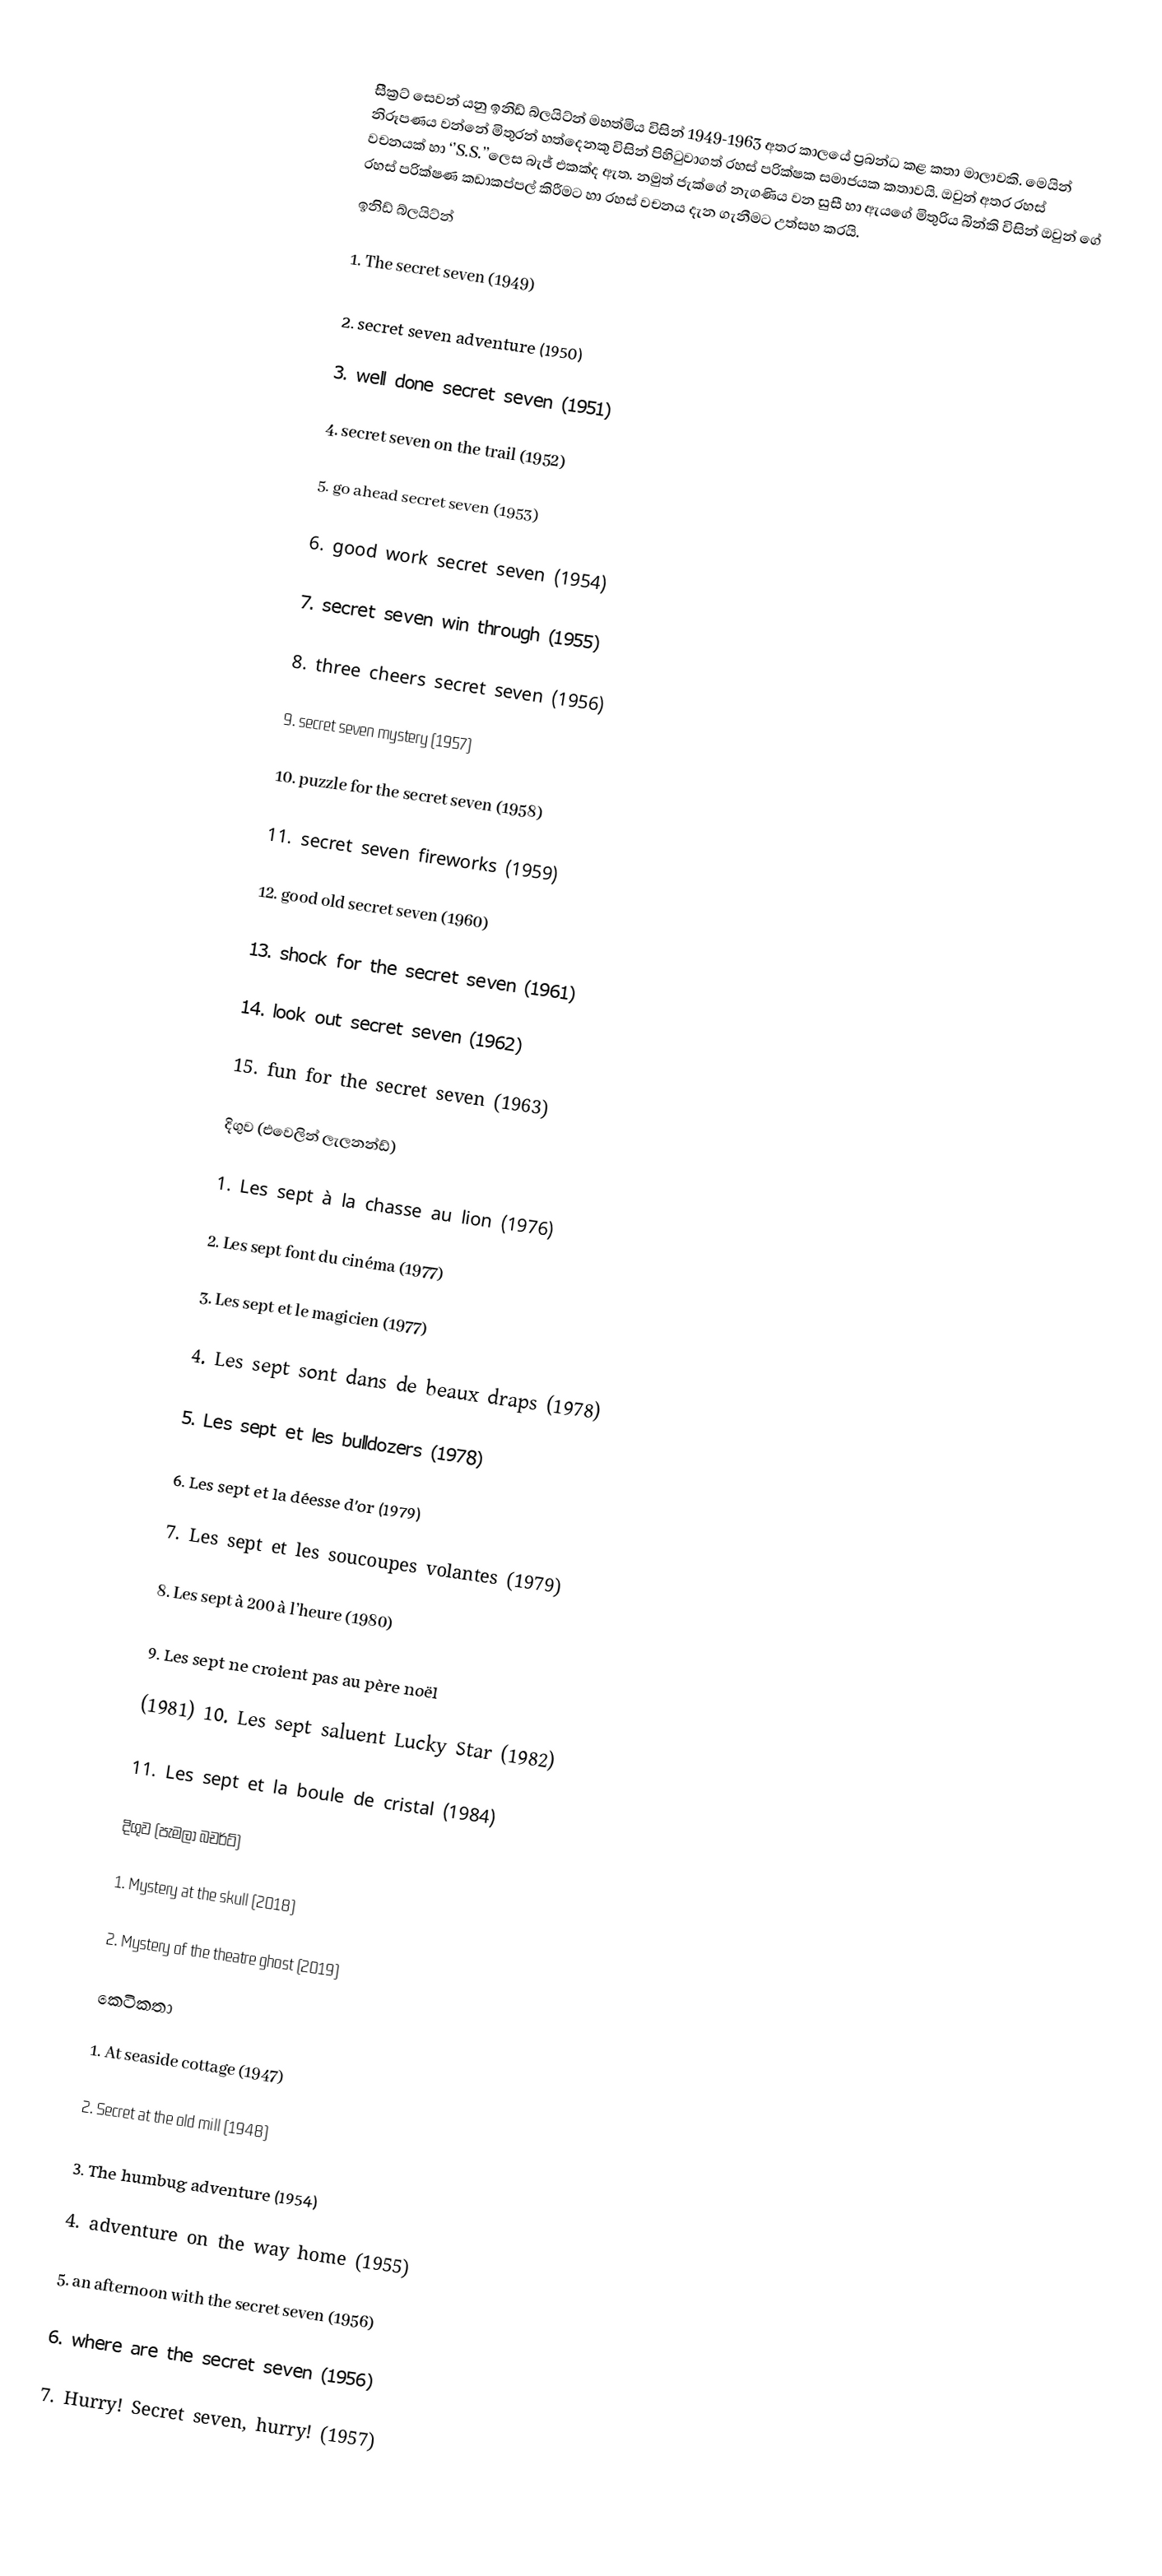

සිීක්‍රට් සෙවන්  යනු ඉනිඩ් බ්ලයිට්න් මහත්මිය විසින් 1949-1963 අතර කාලයේ ප්‍රබන්ධ කළ කතා මාලාවකි. මෙයින් නිරූපණය වන්නේ මිතුරන් හත්දෙනකු විසින් පිහිටුවාගත් රහස් පරික්ෂක සමාජයක කතාවයි. ඔවුන් අතර රහස් වචනයක් හා ‘’S.S.’’‌ලෙස බැජ් එකක්ද ඇත. නමුත් ජැක්ගේ නැගණිය වන සුසී හා ඇයගේ මිතුරිය බින්කි විසින් ඔවුන් ගේ රහස් පරික්ෂණ කඩාකප්පල් කිරීමට හා රහස් වචනය දැන ගැනීමට උත්සහ කරයි.
ඉනිිඩ් බ්ලයිට්න්

1. The secret seven (1949)

2. secret seven adventure (1950)

3. well done secret seven (1951)

4. secret seven on the trail (1952)

5. go ahead secret seven (1953)

6. good work secret seven (1954)

7. secret seven win through (1955)

8. three cheers secret seven (1956)

9. secret seven mystery (1957)

10. puzzle for the secret seven (1958)

11. secret seven fireworks (1959)

12. good old secret seven (1960)

13. shock for the secret seven (1961)

14. look out secret seven (1962)

15. fun for the secret seven (1963)

දිගුව (එවෙලින් ලැලනන්ඩ්)

1. Les sept à la chasse au lion (1976)

2. Les sept font du cinéma (1977)

3. Les sept et le magicien (1977)

4. Les sept sont dans de beaux draps (1978)

5. Les sept et les bulldozers (1978)

6. Les sept et la déesse d’or (1979)

7. Les sept et les soucoupes volantes (1979)

8. Les sept à 200 à l’heure (1980)

9. Les sept ne croient pas au père noël

(1981) 10. Les sept saluent Lucky Star (1982)

11. Les sept et la boule de cristal (1984)

දිගුව  (පැමලා බචර්ට්)

1. Mystery at the skull (2018)

2. Mystery of the theatre ghost (2019)

කෙටිකතා

1. At seaside cottage (1947)

2. Secret at the old mill (1948)

3. The humbug adventure (1954)

4. adventure on the way home (1955)

5. an afternoon with the secret seven (1956)

6. where are the secret seven (1956)

7. Hurry! Secret seven, hurry! (1957)